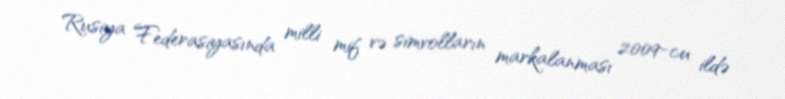
Rusiya Federasiyasında milli mif və simvolların markalanması 2009-cu ildə